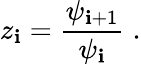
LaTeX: z_{\mathbf{i}}=\frac{{\psi_{\mathbf{i}+1}}}{{\psi_{\mathbf{i}}}}\; .